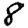
Digit: 8